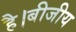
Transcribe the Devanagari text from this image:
है।बीजीय